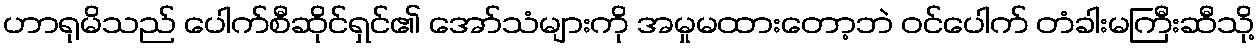
ဟာရုမိသည် ပေါက်စီဆိုင်ရှင်၏ အော်သံများကို အမှုမထားတော့ဘဲ ဝင်ပေါက် တံခါးမကြီးဆီသို့